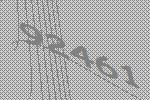
92461